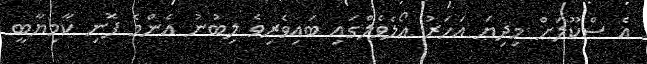
އެ ސްކޫލަށް މިދިޔަ އަހަރު އޯލެވެލްގައި ބައިވެރިވެ ލިބުނު އެންމެ ފޮނި ކާމިޔާބީ